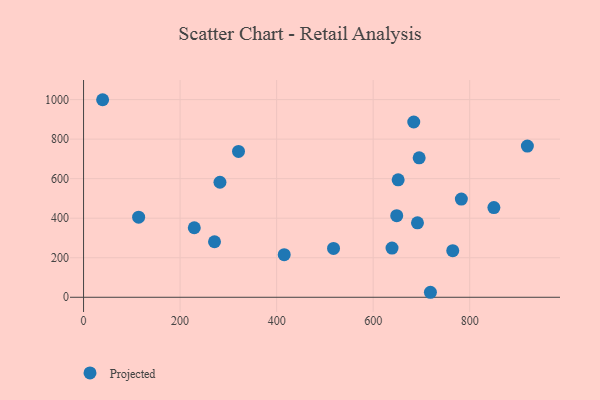
{"axis": {"x": "Engine Size", "y": "Rating"}, "legend": ["Projected"], "data": [{"x": "415.7", "y": 215.3, "type": "Projected"}, {"x": "271.3", "y": 280.9, "type": "Projected"}, {"x": "229.4", "y": 351.8, "type": "Projected"}, {"x": "639.1", "y": 249.0, "type": "Projected"}, {"x": "114.1", "y": 405.1, "type": "Projected"}, {"x": "321.0", "y": 737.8, "type": "Projected"}, {"x": "39.5", "y": 999.4, "type": "Projected"}, {"x": "648.8", "y": 412.7, "type": "Projected"}, {"x": "651.8", "y": 594.0, "type": "Projected"}, {"x": "282.6", "y": 581.9, "type": "Projected"}, {"x": "782.7", "y": 496.8, "type": "Projected"}, {"x": "695.3", "y": 705.6, "type": "Projected"}, {"x": "691.8", "y": 376.6, "type": "Projected"}, {"x": "684.1", "y": 886.8, "type": "Projected"}, {"x": "718.6", "y": 25.3, "type": "Projected"}, {"x": "517.9", "y": 247.2, "type": "Projected"}, {"x": "850.1", "y": 454.0, "type": "Projected"}, {"x": "764.9", "y": 235.5, "type": "Projected"}, {"x": "919.5", "y": 765.1, "type": "Projected"}]}